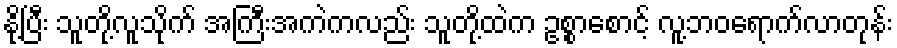
နို့ပြီး သူတို့လူသိုက် အကြီးအကဲကလည်း သူတို့ထဲက ဥစ္စာစောင့် လူ့ဘဝရောက်လာတုန်း